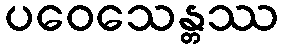
ပဝေသေန္တဿ